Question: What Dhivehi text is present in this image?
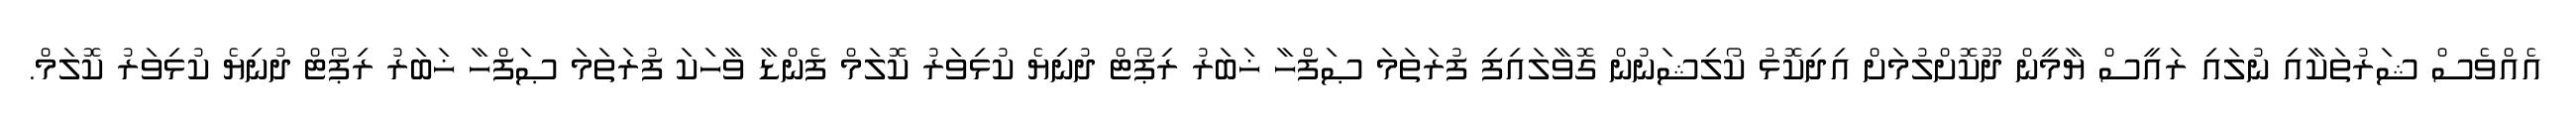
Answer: އެއްވެސް ޝަރުތަކާއި ނުލައި ރައީސް ޔާމީން ދޫކޮށްލުމަށް އިދިކޮޅު ކޯލިޝަނުން ގޮވާލައިފި ފުރަތަމަ ޞަފްހާ ޚަބަރު ރިޕޯޓް ދުނިޔެ ކުޅިވަރު ކޮލަމް ފެންޑާ ވާހަކަ ފުރަތަމަ ޞަފްހާ ޚަބަރު ރިޕޯޓް ދުނިޔެ ކުޅިވަރު ކޮލަމް.